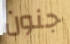
جنون